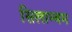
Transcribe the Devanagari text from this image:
सिलाम्बम